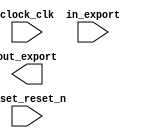

module sopc (
	clock_clk,
	reset_reset_n,
	out_export,
	in_export);	

	input		clock_clk;
	input		reset_reset_n;
	output	[7:0]	out_export;
	input	[7:0]	in_export;
endmodule